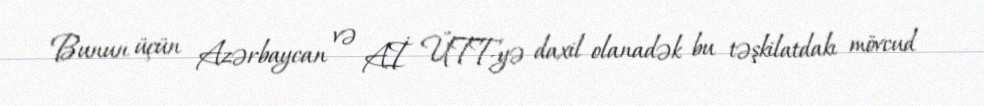
Bunun üçün Azərbaycan və Aİ ÜTT-yə daxil olanadək bu təşkilatdakı mövcud